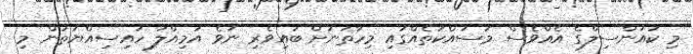
މި ކައުންސިލްގެ އެއްވެސް މަސައްކަތެއްގައި މިހާތަނަށް ބައިވެރި ނުވެ އަމިއްލަ ހައިސިއްޔަތުން މި